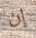
إن